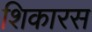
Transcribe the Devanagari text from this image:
शिकारस